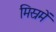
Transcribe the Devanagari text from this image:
मिस्रमें